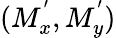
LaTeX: (M_{x}^{'},M_{y}^{'})